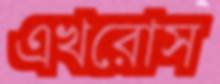
এখরোস